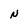
Character: N